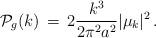
LaTeX: \begin{align*}{\cal P}_g(k) \, = \, 2 {{k^3} \over {2 \pi^2a^2}}\vert \mu_k \vert ^2\, .\end{align*}